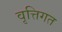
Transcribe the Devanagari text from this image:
वृत्तिगत